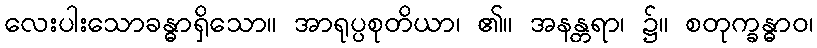
လေးပါးသောခန္ဓာရှိသော။ အာရုပ္ပစုတိယာ၊ ၏။ အနန္တရာ၊ ၌။ စတုက္ခန္ဓာဝ၊